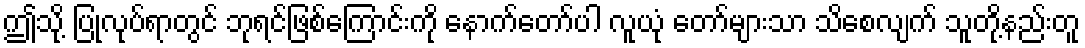
ဤသို့ ပြုလုပ်ရာတွင် ဘုရင်ဖြစ်ကြောင်းကို နောက်တော်ပါ လူယုံ တော်များသာ သိစေလျက် သူတို့နည်းတူ